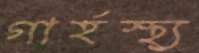
গার্হস্থ্য